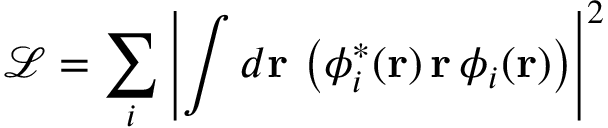
\mathcal { L } = \sum _ { i } \left| \int d \mathbf { r } \, \left( \phi _ { i } ^ { \ast } ( \mathbf { r } ) \, \mathbf { r } \, \phi _ { i } ( \mathbf { r } ) \right) \right| ^ { 2 }